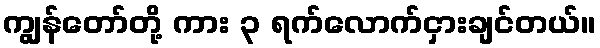
ကျွန်တော်တို့ ကား ၃ ရက်လောက်ငှားချင်တယ်။